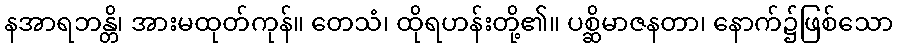
နအာရဘန္တိ၊ အားမထုတ်ကုန်။ တေသံ၊ ထိုရဟန်းတို့၏။ ပစ္ဆိမာဇနတာ၊ နောက်၌ဖြစ်သော